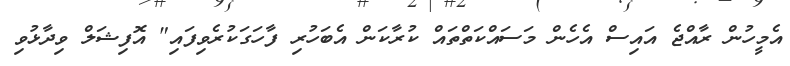
އެމީހުން ރާއްޖެ އައިސް އެެހެން މަސައްކަތްތައް ކުރާކަން އެބަހުރި ފާހަގަކުރެވިފައި" އޮފިޝަލް ވިދާޅުވި